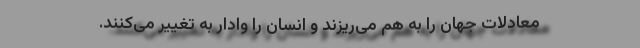
معادلات جهان را به هم می‌ریزند و انسان را وادار به تغییر می‌کنند.